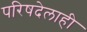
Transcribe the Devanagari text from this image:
परिषदेलाही